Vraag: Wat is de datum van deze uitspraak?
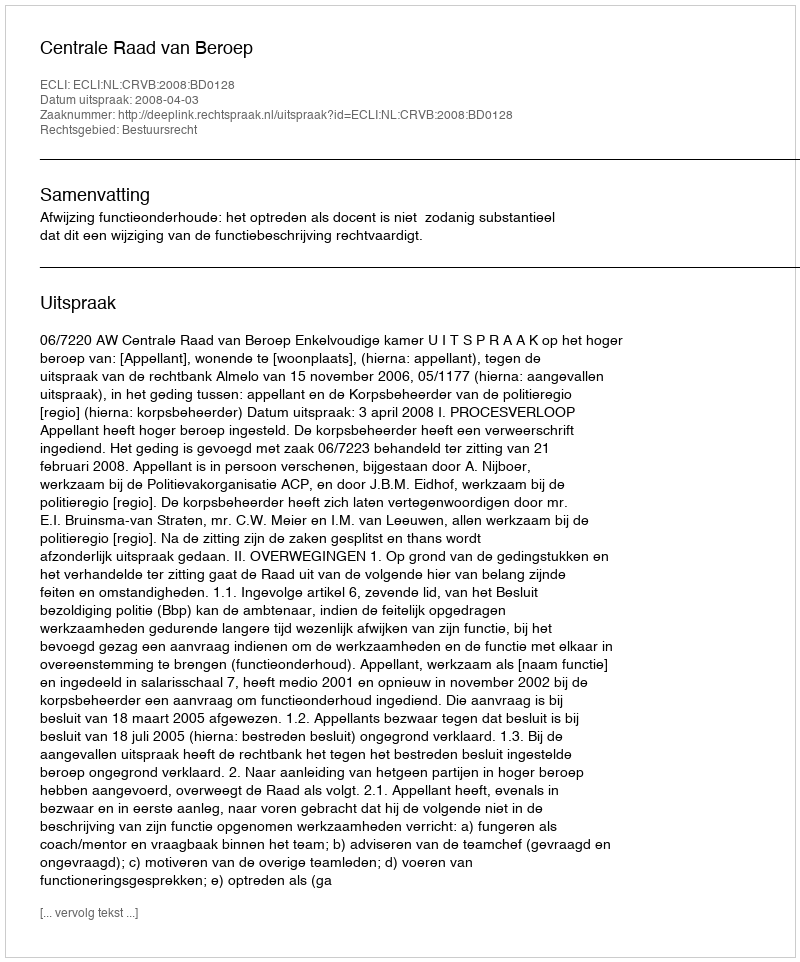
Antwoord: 2008-04-03